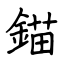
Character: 錨